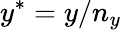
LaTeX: y^{*}=y/n_{y}